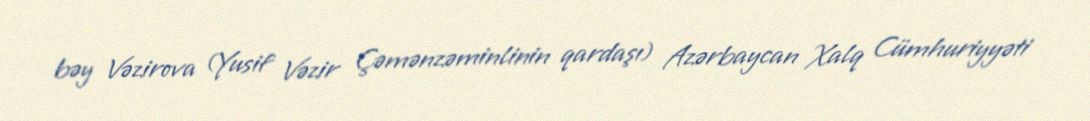
bəy Vəzirova (Yusif Vəzir Çəmənzəminlinin qardaşı) Azərbaycan Xalq Cümhuriyyəti